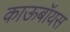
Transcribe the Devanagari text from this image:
काऊबॉयस